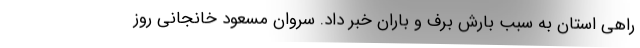
راهی استان به سبب بارش برف و باران خبر داد. سروان مسعود خانجانی روز